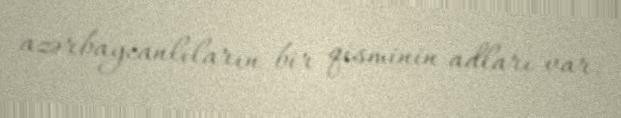
azərbaycanlıların bir qisminin adları var.